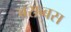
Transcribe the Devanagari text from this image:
बराब्बस